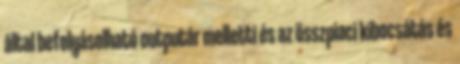
által befolyásolható outputár melletti és az összpiaci kibocsátás és